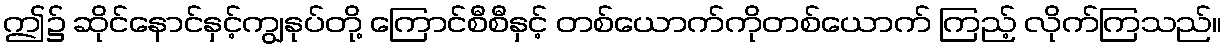
ဤ၌ ဆိုင်နောင်နှင့်ကျွနုပ်တို့ ကြောင်စီစီနှင့် တစ်ယောက်ကိုတစ်ယောက် ကြည့် လိုက်ကြသည်။